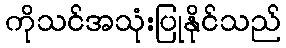
ကိုသင်အသုံးပြုနိုင်သည်